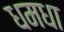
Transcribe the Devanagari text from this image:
धमधा